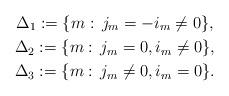
LaTeX: \begin{gather*} \Delta_1:= \{m:\,j_m=-i_m\ne0\},\\ \Delta_2:=\{m:\,j_m=0,i_m\ne0\},\\ \Delta_3:=\{m:\,j_m\ne0,i_m=0\}. \end{gather*}